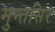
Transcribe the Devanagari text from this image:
मुन्तसिर